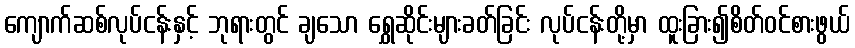
ကျောက်ဆစ်လုပ်ငန်းနှင့် ဘုရားတွင် ချသော ရွှေဆိုင်းများခတ်ခြင်း လုပ်ငန်းတို့မှာ ထူးခြား၍စိတ်ဝင်စားဖွယ်